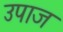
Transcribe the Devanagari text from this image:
उपाज